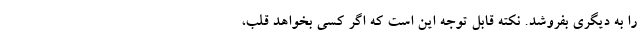
را به دیگری بفروشد. نکته قابل توجه این است که اگر کسی بخواهد قلب،